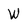
Character: W